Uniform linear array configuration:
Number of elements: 48
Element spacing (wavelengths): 0.75
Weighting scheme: uniform
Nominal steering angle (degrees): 45
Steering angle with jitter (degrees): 43.144
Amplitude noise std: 0.05
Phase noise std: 0.05

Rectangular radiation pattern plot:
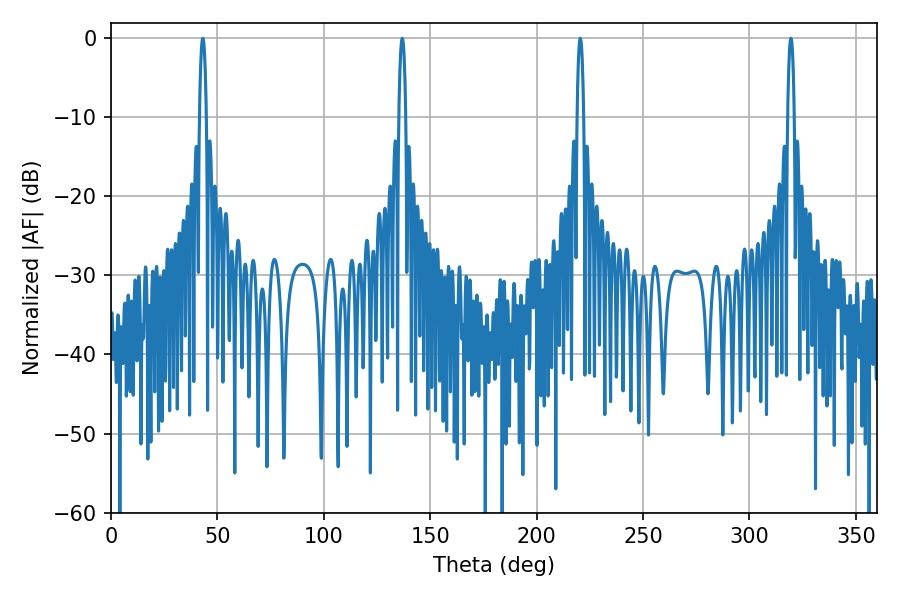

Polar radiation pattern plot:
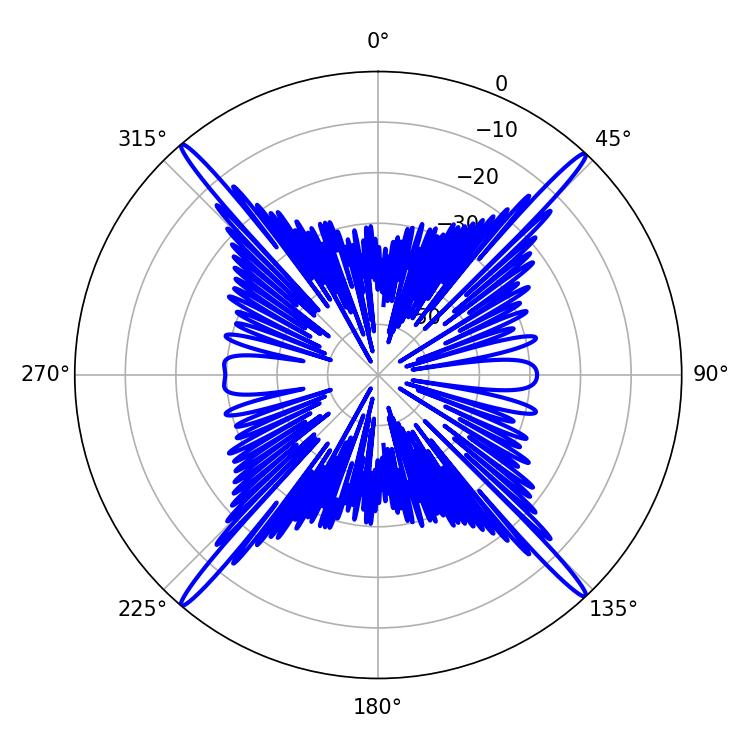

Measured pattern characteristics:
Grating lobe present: TRUE
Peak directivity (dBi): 26.454
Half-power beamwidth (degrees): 1.8
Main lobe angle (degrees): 220.5